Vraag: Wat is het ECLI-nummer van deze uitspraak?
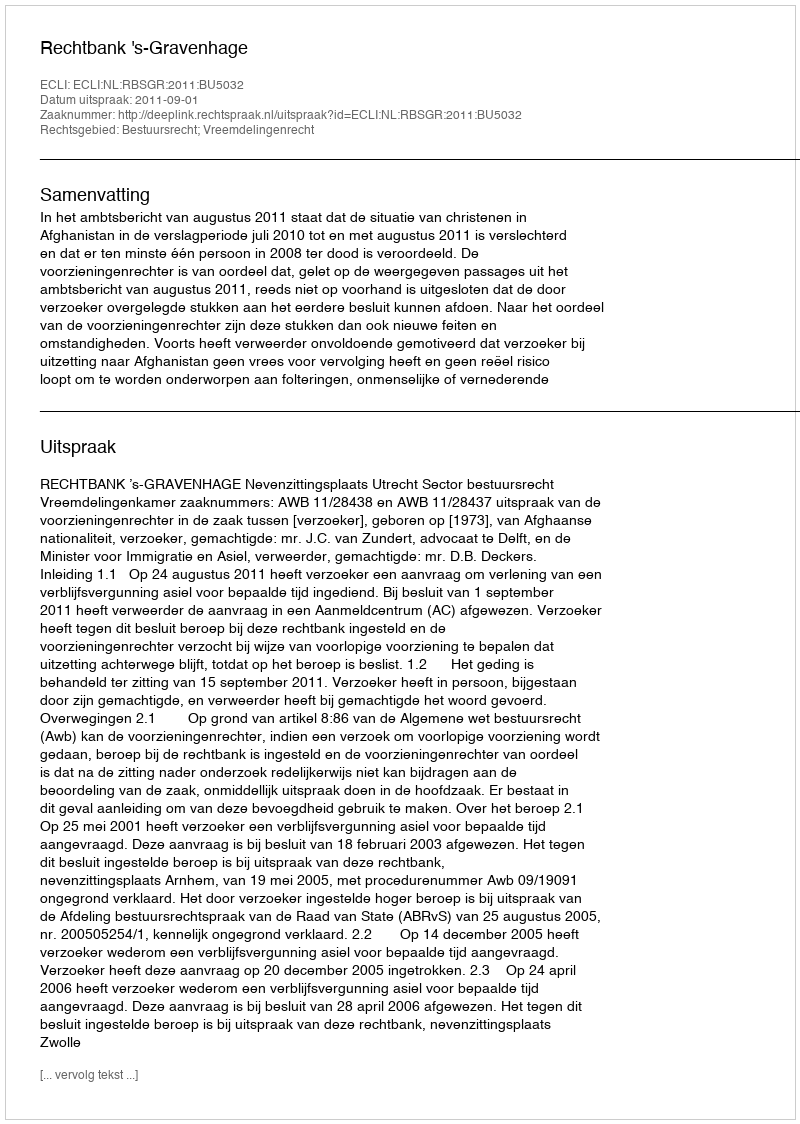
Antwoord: ECLI:NL:RBSGR:2011:BU5032